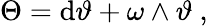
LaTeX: \Theta=\mathrm{d}\vartheta+\omega\wedge\vartheta\ ,